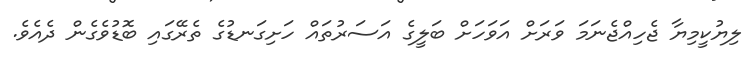
ލިޔުކީމިޔާ ޖެހިއްޖެނަމަ ވަރަށް އަވަހަށް ބަލީގެ އަސަރުތައް ހަށިގަނޑުގެ ތެރޭގައި ބޮޑުވެގެން ދެއެވެ.